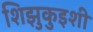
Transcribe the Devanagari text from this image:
शिझुकुइशी